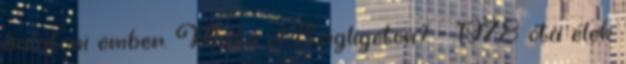
balatoni ember. Mióta él Szigligeten? – 1978 óta élek